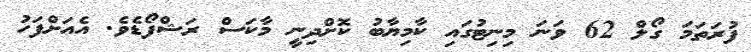
ފުރަތަމަ ގޯލް 62 ވަނަ މިނިޓުގައި ކާމިޔާބު ކޮށްދިނީ މާކަސް ރަޝްފޯޑެވެ. އެއަށްފަހު